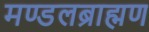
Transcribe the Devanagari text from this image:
मण्डलब्राह्मण